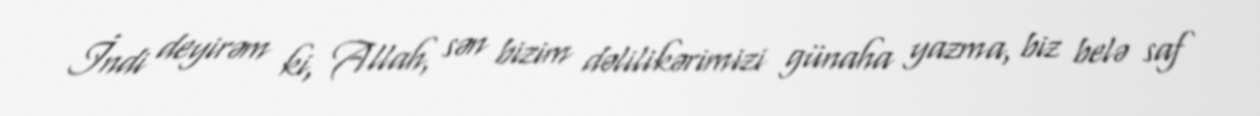
İndi deyirəm ki, Allah, sən bizim dəlilikərimizi günaha yazma, biz belə saf